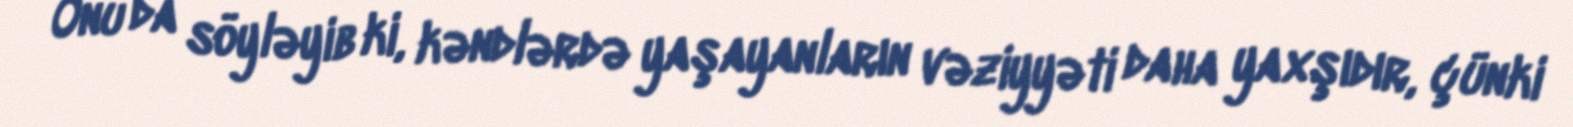
Onu da söyləyib ki, kəndlərdə yaşayanların vəziyyəti daha yaxşıdır, çünki